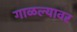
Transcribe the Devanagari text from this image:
गाळल्यावर